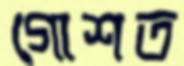
গোশত